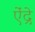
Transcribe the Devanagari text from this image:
ऐंद्रे